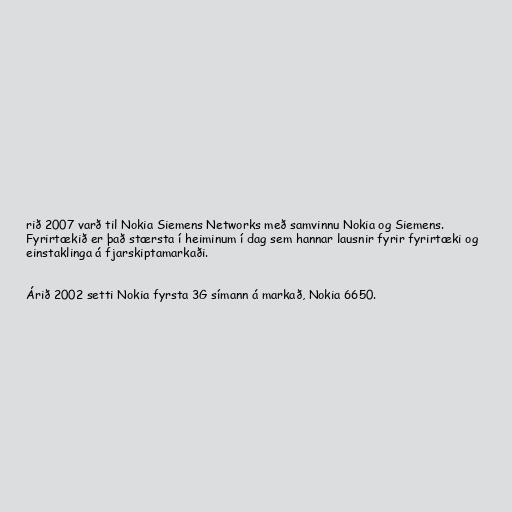
rið 2007 varð til Nokia Siemens Networks með samvinnu Nokia og Siemens.
Fyrirtækið er það stærsta í heiminum í dag sem hannar lausnir fyrir fyrirtæki og
einstaklinga á fjarskiptamarkaði.

Árið 2002 setti Nokia fyrsta 3G símann á markað, Nokia 6650.